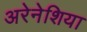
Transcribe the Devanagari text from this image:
अरेनेशिया